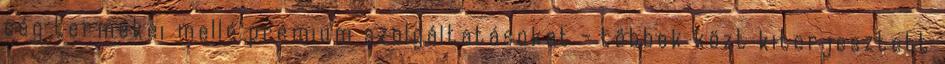
cég termékei mellé prémium szolgáltatásokat - többek közt kiterjesztett